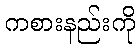
ကစားနည်းကို